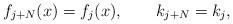
LaTeX: \begin{align*}f_{j+N}(x)=f_j(x),\qquad k_{j+N}=k_j,\end{align*}